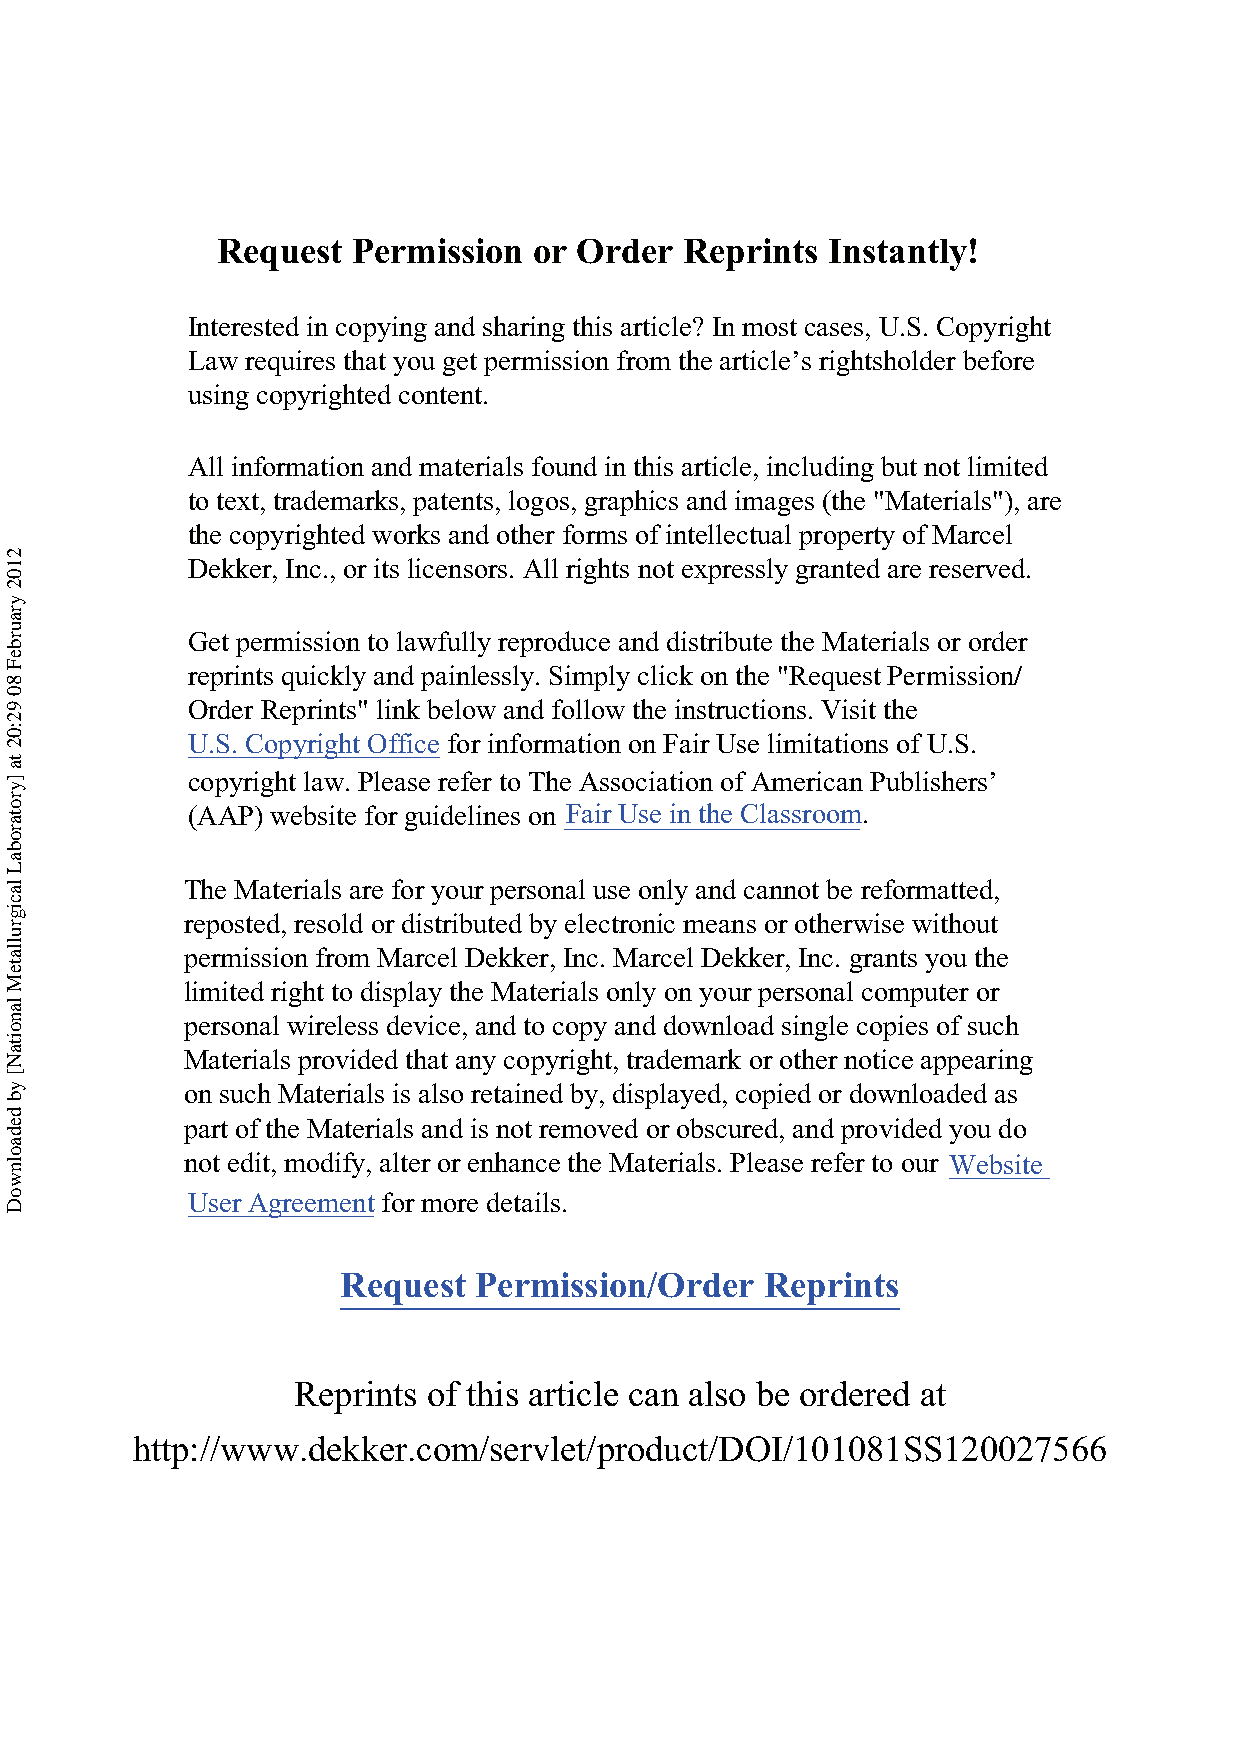
Request  Permission  or Order  Reprints  Instantly!
 Interested in copying and sharing this article? In most cases, U.S. Copyright
 Law requires that you get permission from the article’s rightsholder before
 using copyrighted content.
 All information and materials found in this article, including but not limited
 to text, trademarks, patents, logos, graphics and images (the "Materials"), are
 the copyrighted works and other forms of intellectual property of Marcel
 Dekker, Inc., or its licensors. All rights not expressly granted are reserved.
 Get permission to lawfully reproduce and distribute the Materials or order
 reprints quickly and painlessly. Simply click on the "Request Permission/
 Order Reprints" link below and follow the instructions. Visit the
 U.S. Copyright Office for information on Fair Use limitations of U.S.
 copyright law. Please refer to The Association of American Publishers’
 (AAP) website for guidelines on Fair Use in the Classroom.
 The Materials are for your personal use only and cannot be reformatted,
 reposted, resold or distributed by electronic means or otherwise without
 permission from Marcel Dekker, Inc. Marcel Dekker, Inc. grants you the
 limited right to display the Materials only on your personal computer or
 personal wireless device, and to copy and download single copies of such
 Materials provided that any copyright, trademark or other notice appearing
 on such Materials is also retained by, displayed, copied or downloaded as
 part of the Materials and is not removed or obscured, and provided you do
 not edit, modify, alter or enhance the Materials. Please refer to our Website
 User Agreement for more details.
 Request Permission/Order    Reprints
 Reprints of this article can also be ordered at
 http://www.dekker.com/servlet/product/DOI/101081SS120027566
 2102
 yraurbeF
 80
 92:02
 ta
 ]yrotarobaL
 lacigrullateM
 lanoitaN[
 yb
 dedaolnwoD